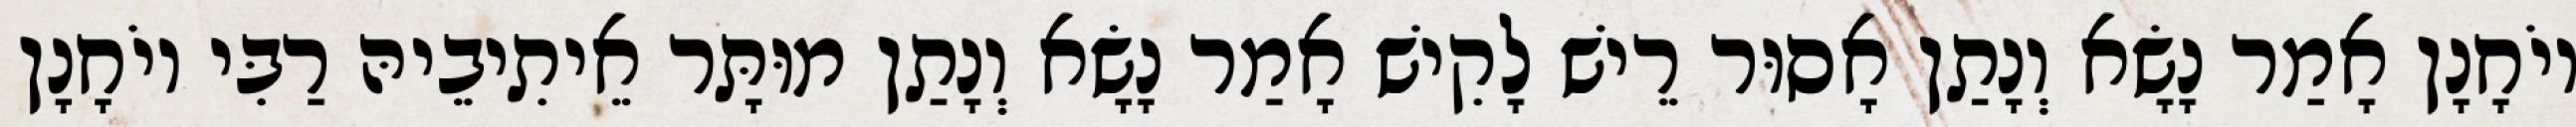
יוֹחָנָן אָמַר נָשָׂא וְנָתַן אָסוּר רֵישׁ לָקִישׁ אָמַר נָשָׂא וְנָתַן מוּתָּר אֵיתִיבֵיהּ רַבִּי יוֹחָנָן